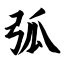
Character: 弧